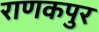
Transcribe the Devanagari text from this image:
राणकपुर